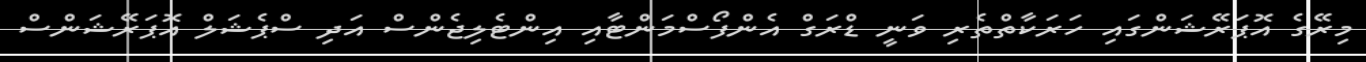
މިރޭގެ އޮޕަރޭޝަންގައި ހަރަކާތްތެރި ވަނީ ޑްރަގް އެންފޯސްމަންޓާއި އިންޓެލިޖެންސް އަދި ސްޕެޝަލް އޮޕަރޭޝަންސް